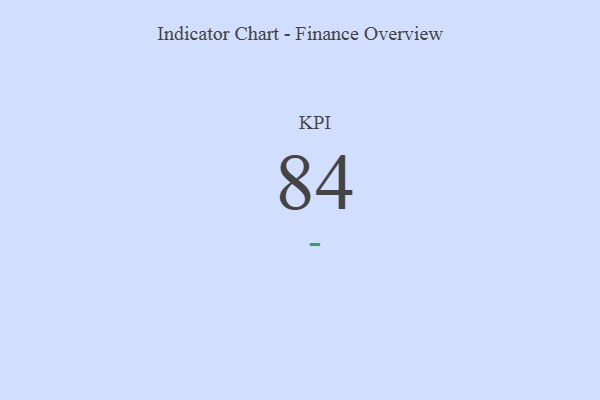
{"axis": {"x": "KPI", "y": "Value"}, "legend": [""], "data": [{"x": "KPI", "y": 84, "type": ""}]}